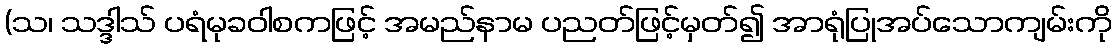
(သ၊ သဒ္ဒါသ် ပရံမုခဝါစကဖြင့် အမည်နာမ ပညတ်ဖြင့်မှတ်၍ အာရုံပြုအပ်သောကျမ်းကို